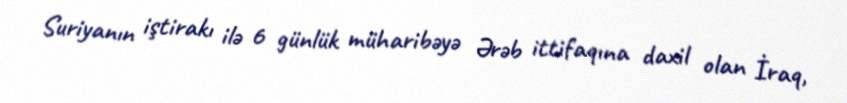
Suriyanın iştirakı ilə 6 günlük müharibəyə Ərəb ittifaqına daxil olan İraq,